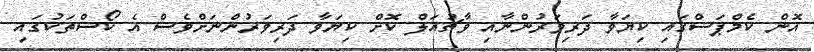
އޮން ކެމްޕަސްގައި ކިޔަވާ ދަރިވަރުންނާއި ވާޗުއަލް ކޮށް ކިޔަވާ ދަރިވަރުންނަށްވެސް އެ ކޯސްތަކުގައި